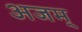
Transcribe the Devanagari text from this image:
अजम्